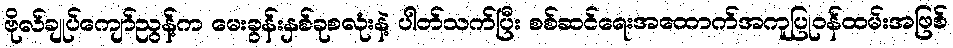
ဗိုလ်ချုပ်ကျော်ညွန့်က မေးခွန်းနှစ်ခုစလုံးနဲ့ ပါတ်သက်ပြီး စစ်ဆင်ရေးအထောက်အကူပြုဝန်ထမ်းအဖြစ်